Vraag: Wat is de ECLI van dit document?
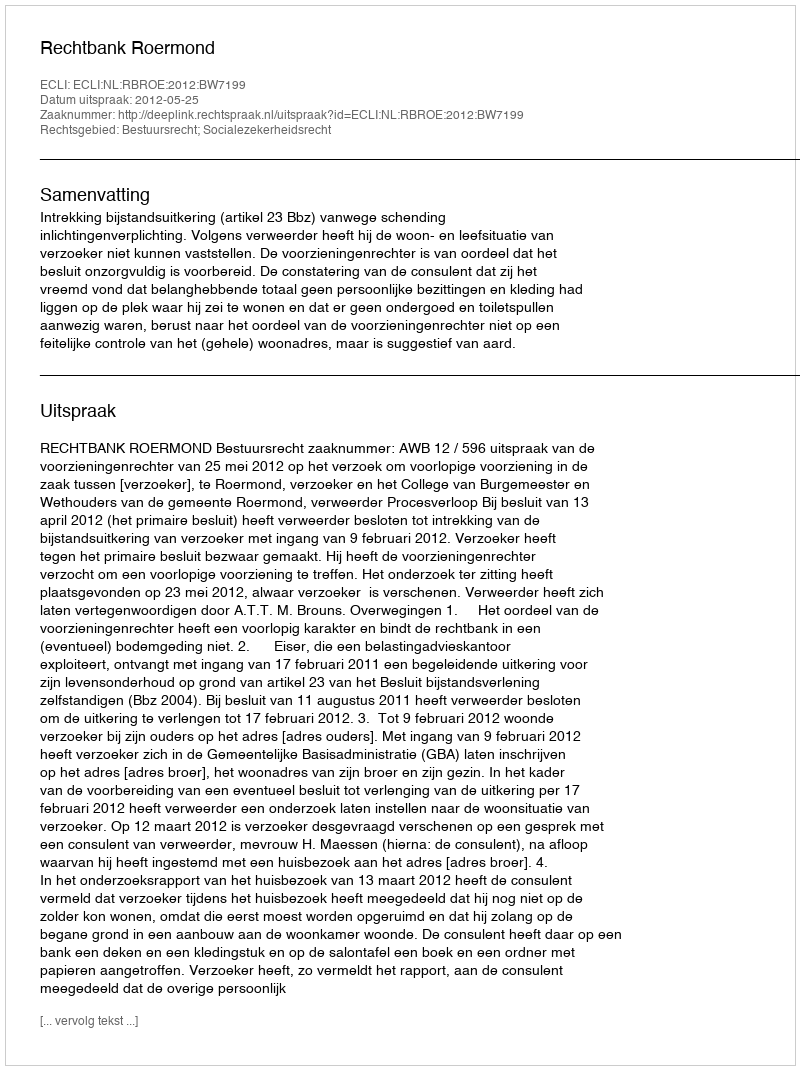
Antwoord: ECLI:NL:RBROE:2012:BW7199